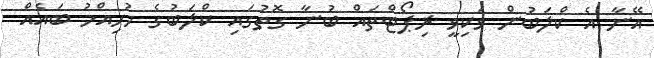
އޭނާ އެ ކްލަބުން ވަކިވީ ރިޕޯޓްތައް ބުނާ ގޮތުގައި ކްލަބުގެ މުހިއްމު ބައެއް